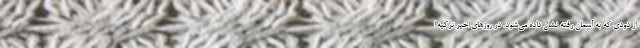
از دودی که به آسمان رفته نشان داده می‌شود. در روزهای اخیر ترکیه ا